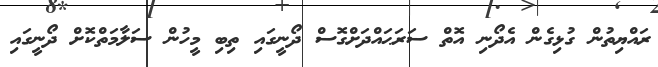
ރައްޔިތުން ގުޅިގެން އެދޯނި އޮތް ސަރަޙައްދަށްގޮސް ދޯނީގައި ތިބި މީހުން ސަލާމަތްކޮށް ދޯނީގައި